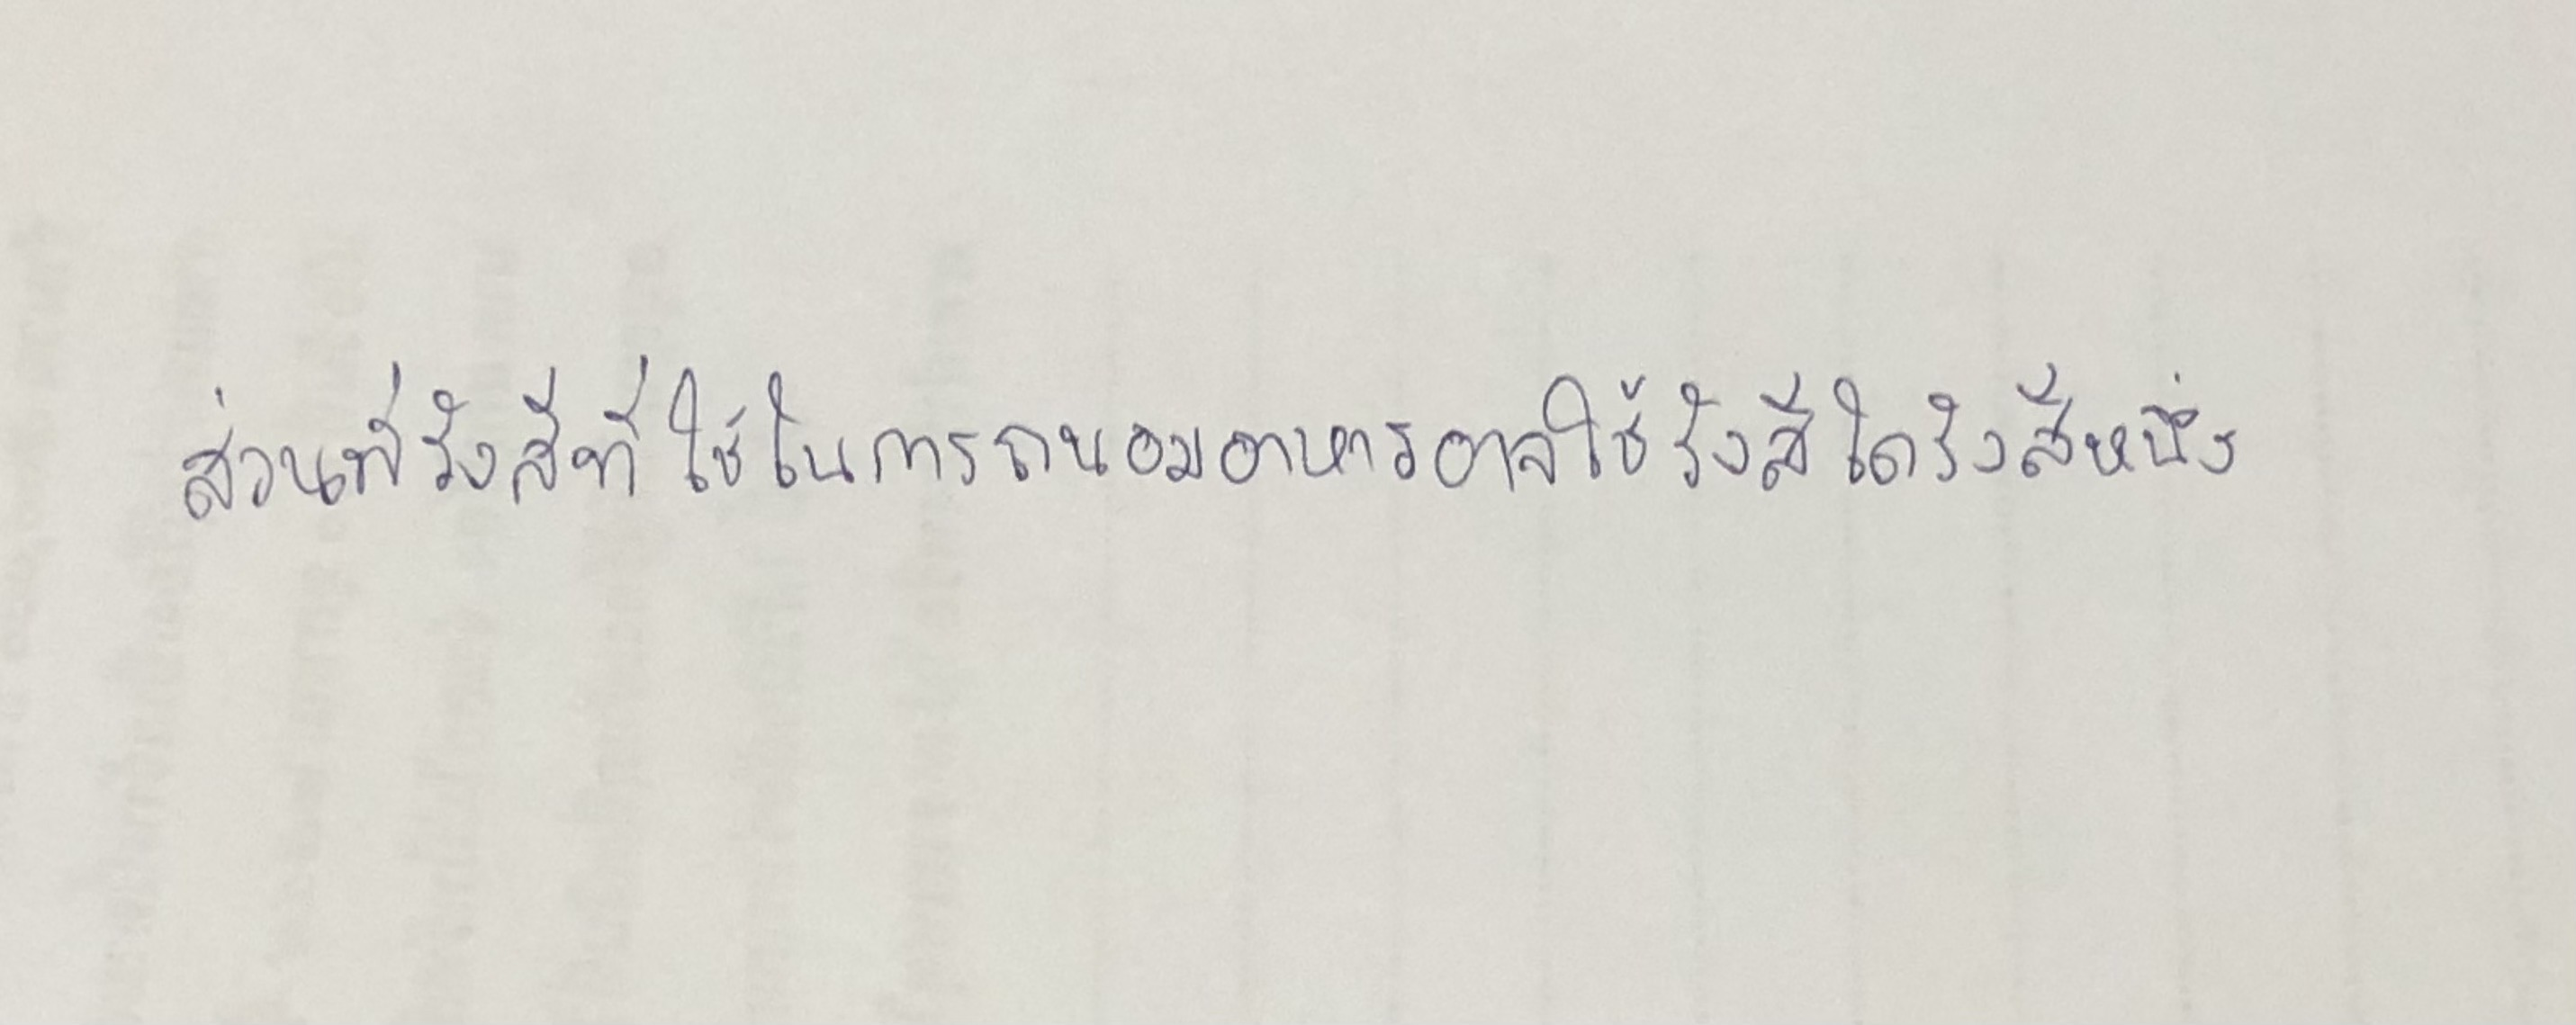
ส่วนรังสีที่ใช้ในการถนอมอาหารนั้นอาจใช้รังสีใดรังสีหนึ่ง